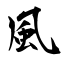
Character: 風